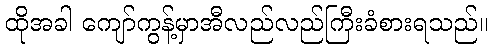
ထိုအခါ ကျော်ကွန့်မှာအီလည်လည်ကြီးခံစားရသည်။